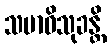
သမာဓိသုခန္တိ